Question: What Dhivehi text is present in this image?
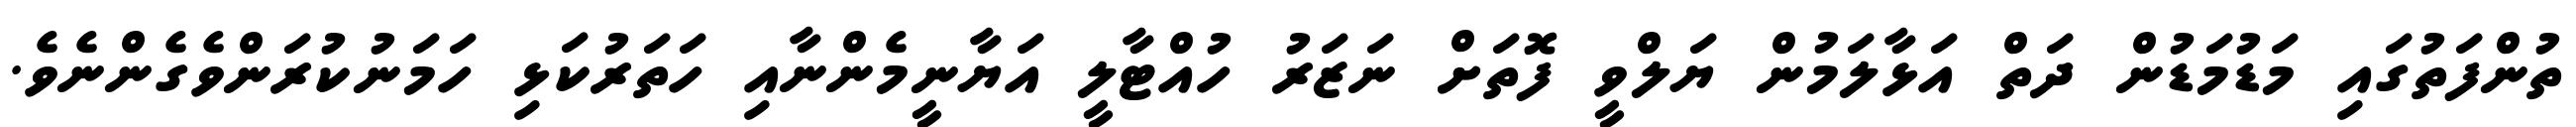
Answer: ތުންފަތުގައި މަޑުމަޑުން ދަތް އަޅާލަމުން ޔަލްވީ ފޮތަށް ނަޒަރު ހުއްޓާލީ އަޔާނީމެންނާއި ހަތަރުކަޅި ހަމަނުކުރަންވެގެންނެވެ.